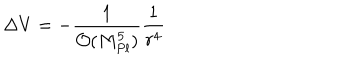
\Delta V = - { \frac { 1 } { { \mathcal { O } } ( M _ { P l } ^ { 5 } ) } } { \frac { 1 } { r ^ { 4 } } }